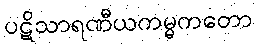
ပဋိသာရဏီယကမ္မကတော